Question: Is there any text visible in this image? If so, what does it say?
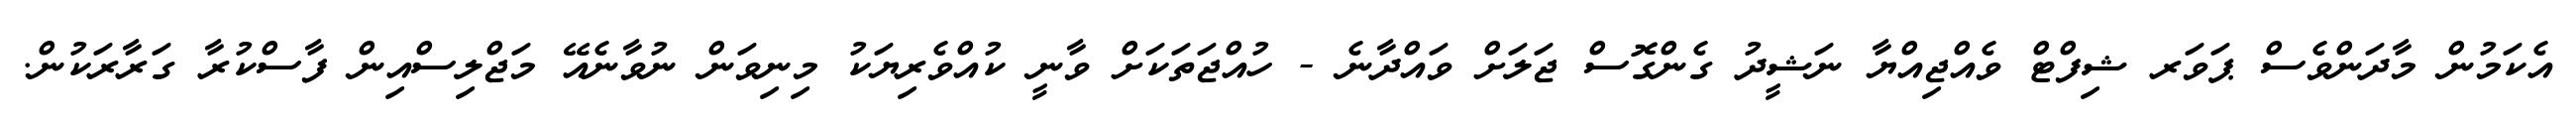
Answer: އެކަމުން މާދަންވެސް ޕަވަރ ޝިފްޓް ވެއްޖިއްޔާ ނަޝީދު ގެންގޮސް ޖަލަށް ވައްދާނެ - ހުއްޖަތަކަށް ވާނީ ކުއްވެރިޔަކު މިނިވަން ނުވާނެއޭ މަޖްލިސްއިން ފާސްކުރާ ގަރާރަކުން.